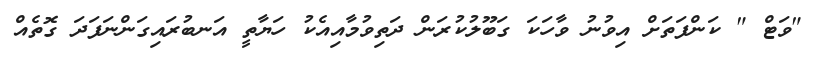
"ވަޓް " ކަންފަތަށް އިވުނު ވާހަކަ ގަބޫލުކުރަން ދަތިވުމާއިއެކު ހަޔާތީ އަނބުރައިގަންނަފަދަ ގޮތެއް